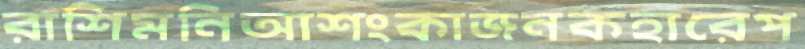
রাশিমনিআশংকাজনকহারেপ